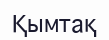
Қымтақ